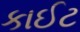
કાઈટ